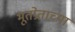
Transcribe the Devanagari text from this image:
भूतप्रेताच्या